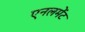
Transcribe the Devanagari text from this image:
एनलमेंट